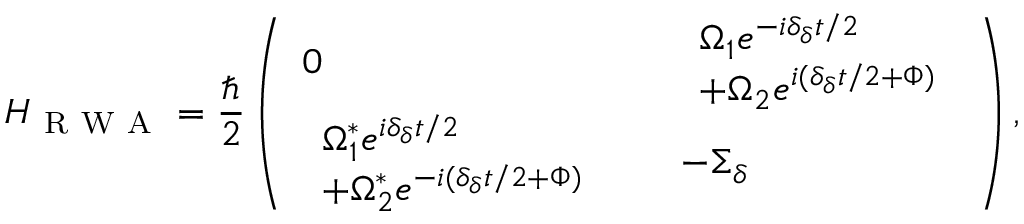
H _ { \mathrm { ~ R ~ W ~ A ~ } } = \frac { \hbar } { 2 } \left( \begin{array} { l l l } { 0 } & { } & { \begin{array} { l } { \Omega _ { 1 } e ^ { - i \delta _ { \delta } t / 2 } } \\ { + \Omega _ { 2 } e ^ { i ( \delta _ { \delta } t / 2 + \Phi ) } } \end{array} } \\ { \begin{array} { l } { \Omega _ { 1 } ^ { * } e ^ { i \delta _ { \delta } t / 2 } } \\ { + \Omega _ { 2 } ^ { * } e ^ { - i ( \delta _ { \delta } t / 2 + \Phi ) } } \end{array} } & { } & { - \Sigma _ { \delta } } \end{array} \right) ,